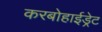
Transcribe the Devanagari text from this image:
करबोहाईड्रेट